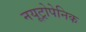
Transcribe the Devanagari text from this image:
नयूट्रोपेनिक